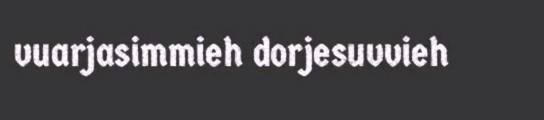
vuarjasimmieh dorjesuvvieh